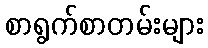
စာရွက်စာတမ်းများ